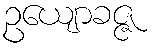
ဥယျောခဇ္ဇ